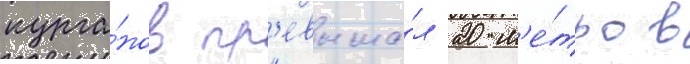
курга́нов пр'евыша́л 20 м'е́тров